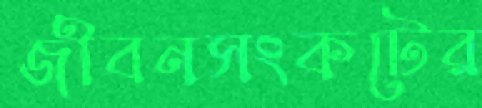
জীবনসংকটের